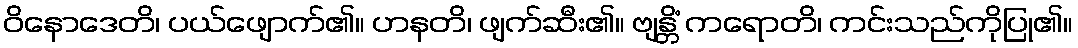
ဝိနောဒေတိ၊ ပယ်ဖျောက်၏။ ဟနတိ၊ ဖျက်ဆီး၏။ ဗျန္တိံ ကရောတိ၊ ကင်းသည်ကိုပြု၏။